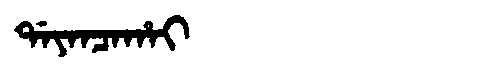
Manchu: ᡩᠠᠶᠠᠨᠴᠠᡥᠠᡳ
Romanization: DAYANCAHAI